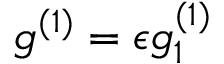
g ^ { ( 1 ) } = \epsilon g _ { 1 } ^ { ( 1 ) }